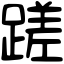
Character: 蹉